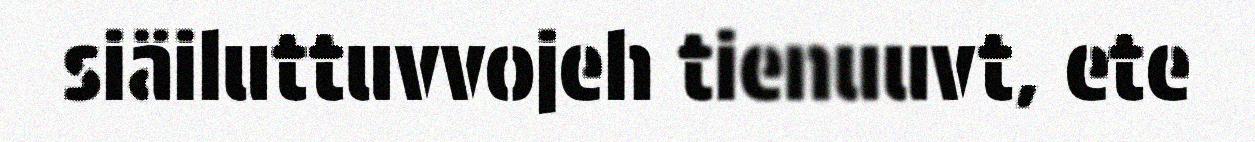
siäiluttuvvojeh tienuuvt, ete